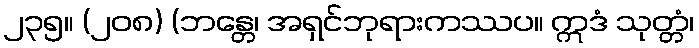
၂၃၅။ (၂၀၈) (ဘန္တေ၊ အရှင်ဘုရားကဿပ။ ဣဒံ သုတ္တံ၊